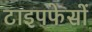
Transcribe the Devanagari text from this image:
टाइपफेसों